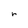
Character: r